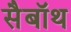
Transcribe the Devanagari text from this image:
सैबॉथ